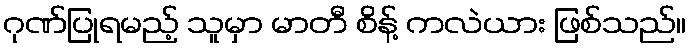
ဂုဏ်ပြုရမည့် သူမှာ မာတီ စိန့် ကလဲယား ဖြစ်သည်။